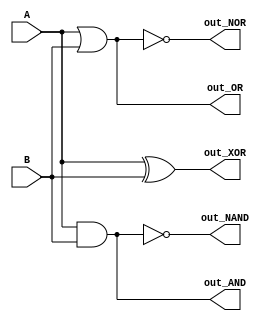

module basic(A, B, out_AND, out_OR, out_NAND, out_NOR, out_XOR);

input A, B;
output out_AND, out_OR, out_NAND, out_NOR, out_XOR;

//and  and0	(out_AND , A, B);
//or   or0	(out_OR  , A, B);
//nand nand0	(out_NAND, A, B);
//nor  nor0	(out_NOR , A, B);
//xor  xor0	(out_XOR , A, B);

assign out_AND = A & B;
assign out_OR = A | B;
assign out_NAND = ~(A & B);
assign out_NOR = ~(A | B);
assign out_XOR = A ^ B;


endmodule